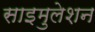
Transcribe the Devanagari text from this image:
साइमुलेशन